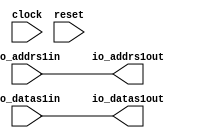
module OPR1read(
  input         clock,
  input         reset,
  input  [4:0]  io_addrs1in,
  input  [31:0] io_datas1in,
  output [4:0]  io_addrs1out,
  output [31:0] io_datas1out
);
  assign io_addrs1out = io_addrs1in; // @[OPR1read.scala 15:25 17:15]
  assign io_datas1out = io_datas1in; // @[OPR1read.scala 16:25 18:15]
endmodule